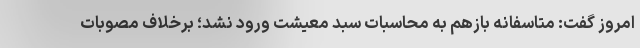
امروز گفت: متاسفانه بازهم به محاسبات سبد معیشت ورود نشد؛ برخلاف مصوبات